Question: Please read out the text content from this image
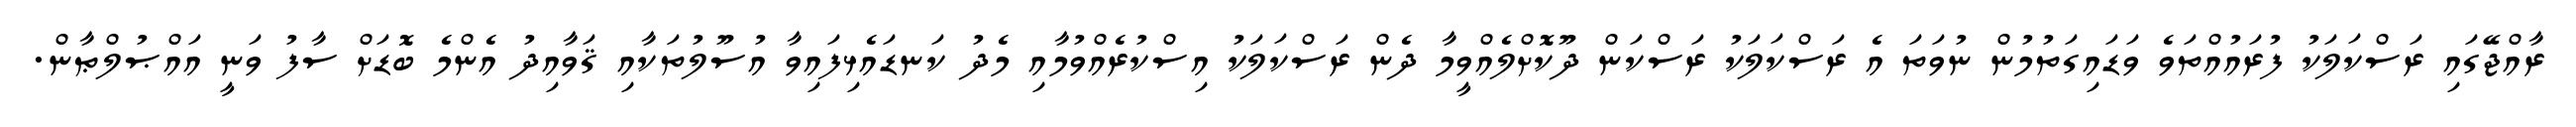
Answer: ރާއްޖޭގައި ރަސްކަލަކު ފުރައުއްތަވެ ވަޑައިގަތުމުން ނުވަތަ އެ ރަސްކަލަކު ރަސްކަން ދޫކޮށްލެއްވީމާ ދެން ރަސްކަލަކު އިސްކުރެއްވުމާއި މެދު ކަނޑައެޅިފައިވާ އުސޫލުތަކާއި ޤަވާއިދު އެންމެ ބޮޑަށް ސާފު ވަނީ އައްޞުލްޠާން.